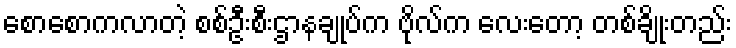
စောစောကလာတဲ့ စစ်ဦးစီးဌာနချုပ်က ဗိုလ်က လေးတော့ တစ်ချိုးတည်း